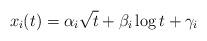
LaTeX: \begin{align*}x_{i}(t)=\alpha_i\sqrt{t}+\beta_i\log t+\gamma_i\end{align*}